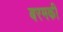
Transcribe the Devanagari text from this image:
बरमकी